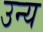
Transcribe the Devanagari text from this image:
उन्य